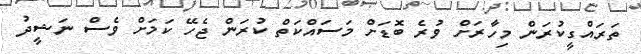
ތަރައްގީކުރަން މިހާރަށް ވުރެ ބޮޑަށް މަސައްކަތް ކުރަން ޖެހޭ ކަމަށް ވެސް ނަޝީދު